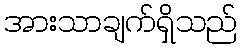
အားသာချက်ရှိသည်